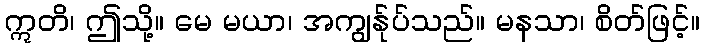
ဣတိ၊ ဤသို့။ မေ မယာ၊ အကျွန်ုပ်သည်။ မနသာ၊ စိတ်ဖြင့်။